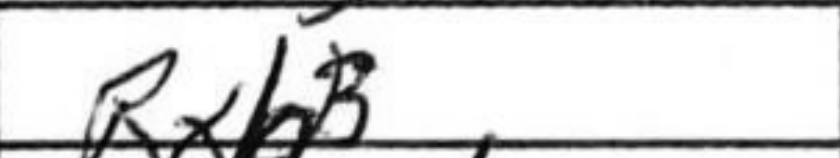
Transcription: Rxh3